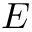
E